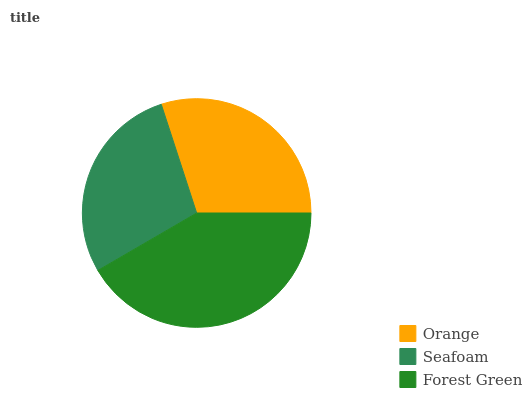
| Orange | Seafoam | Forest Green |
 | --- | --- | --- |
 | 30% | 28.3% | 41.7% |